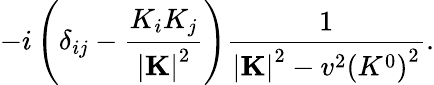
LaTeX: -i\left(\delta_{ij}-{\frac{K_{i}K_{j}}{\left|{\mathbf K}\right|^{2}}}\right){\frac{1}{\left|{\mathbf K}\right|^{2}-v^{2}\left(K^{0}\right)^{2}}}.